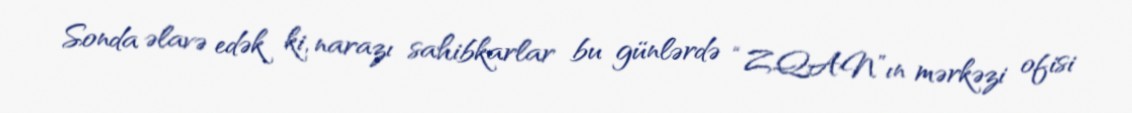
Sonda əlavə edək ki, narazı sahibkarlar bu günlərdə “ZQAN”ın mərkəzi ofisi